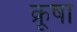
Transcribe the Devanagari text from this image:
क्रूषा